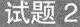
试题2